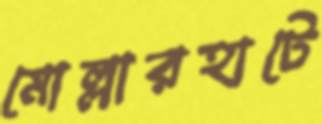
মোল্লারহাটে